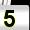
Digit: 5